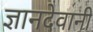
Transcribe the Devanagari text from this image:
ज्ञानदेवानी